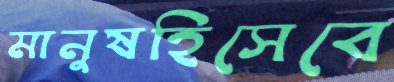
মানুষহিসেবে